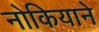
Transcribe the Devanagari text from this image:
नोकियाने